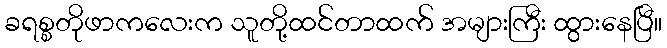
ခရစ္စတိုဖာကလေးက သူတို့ထင်တာထက် အများကြီး ထွားနေပြီ။